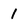
Character: 1